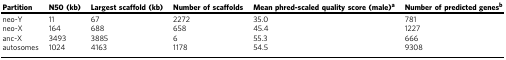
| Partition | N50 (kb) | Largest scaffold (kb) | Number of scaffolds | Mean phred-scaled quality score (male)a | Number of predicted genesb |
 | --- | --- | --- | --- | --- | --- |
 | neo-Y | 11 | 67 | 2272 | 35.0 | 781 |
 | neo-X | 164 | 688 | 658 | 45.4 | 1227 |
 | anc-X | 3493 | 3885 | 6 | 55.3 | 666 |
 | autosomes | 1024 | 4163 | 1178 | 54.5 | 9308 |